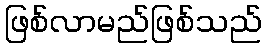
ဖြစ်လာမည်ဖြစ်သည်